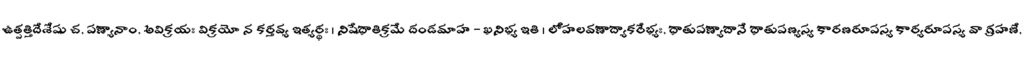
ఉత్పత్తిదేశేషు చ, పణ్యానాం, అవిక్రయః విక్రయో న కర్తవ్య ఇత్యర్థః । నిషేధాతిక్రమే దండమాహ - ఖనిభ్య ఇతి । లోహలవణాద్యాకరేభ్యః, ధాతుపణ్యాదానే ధాతుపణ్యస్య కారణరూపస్య కార్యరూపస్య వా గ్రహణే,